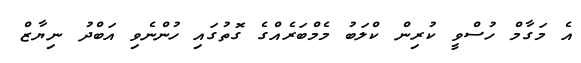
އެ މަގާމް ހުސްވީ ކުރިން ކްލަބު މެމްބަރެއްގެ ގޮތުގައި ހުންނެވި އަބްދު ނިޔާޒް